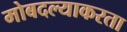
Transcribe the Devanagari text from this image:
मोबदल्याकरता